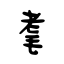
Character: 耄